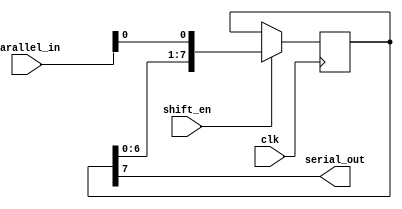
module parallel_in_serial_out_register (
    input clk,
    input [7:0] parallel_in,
    input shift_en,
    output reg serial_out
);

reg [7:0] reg_data;

always @(posedge clk) begin
    if (shift_en) begin
        reg_data <= {reg_data[6:0], parallel_in[0]};
    end
end

assign serial_out = reg_data[7];

endmodule